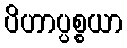
ပိဟာပ္ပစ္စယာ